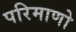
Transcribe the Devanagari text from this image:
परिमाणो